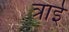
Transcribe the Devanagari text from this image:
त्राई